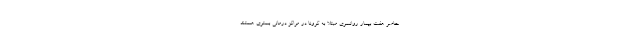
حاضر هفت بیمار روانسری مبتلا به کرونا در مراکز درمانی بستری هستند